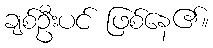
ချစ်ဦးပင် ဖြစ်နေ၏။